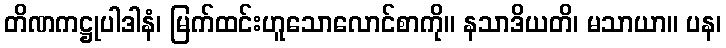
တိဏကဋ္ဌုပါဒါနံ၊ မြက်ထင်းဟူသောလောင်စာကို။ နသာဒိယတိ၊ မသာယာ။ ပန၊